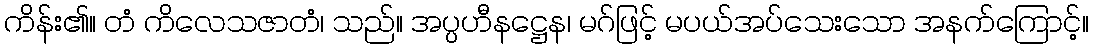
ကိန်း၏။ တံ ကိလေသဇာတံ၊ သည်။ အပ္ပဟီနဋ္ဌေန၊ မဂ်ဖြင့် မပယ်အပ်သေးသော အနက်ကြောင့်။